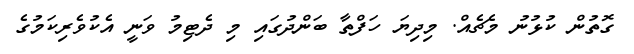
ގޮތުން ކުޅުނު މެޗެއް. މިދިޔަ ހަފްތާ ބަންދުގައި މި ދެޓިމު ވަނީ އެކުވެރިކަމުގެ